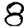
Digit: 8